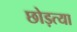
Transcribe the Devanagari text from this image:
छोड़त्या